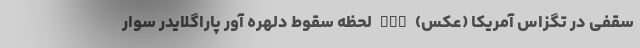
سقفی در تگزاس آمریکا (عکس) nan لحظه سقوط دلهره آور پاراگلایدر سوار